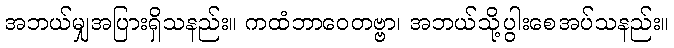
အဘယ်မျှအပြားရှိသနည်း။ ကထံဘာဝေတဗ္ဗာ၊ အဘယ်သို့ပွါးစေအပ်သနည်း။